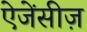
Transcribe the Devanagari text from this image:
ऐजेंसीज़